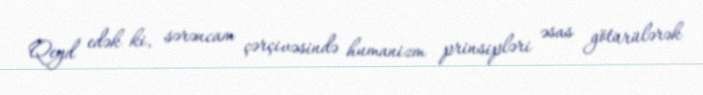
Qeyd edək ki, sərəncam çərçivəsində humanizm prinsipləri əsas götürülərək